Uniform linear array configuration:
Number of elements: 64
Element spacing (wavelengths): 0.5
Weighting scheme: hann
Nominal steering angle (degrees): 30
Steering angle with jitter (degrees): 28.12
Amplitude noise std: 0.05
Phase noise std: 0.05

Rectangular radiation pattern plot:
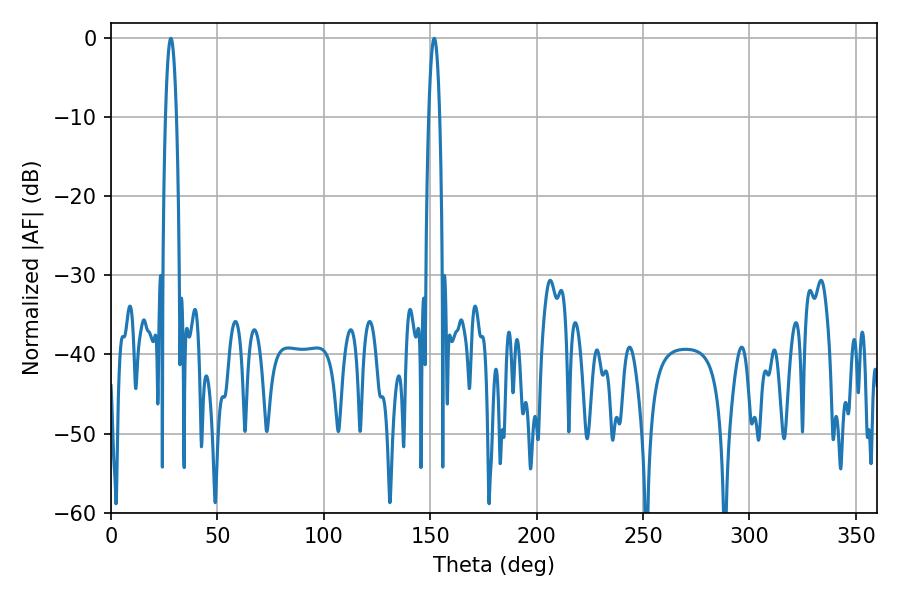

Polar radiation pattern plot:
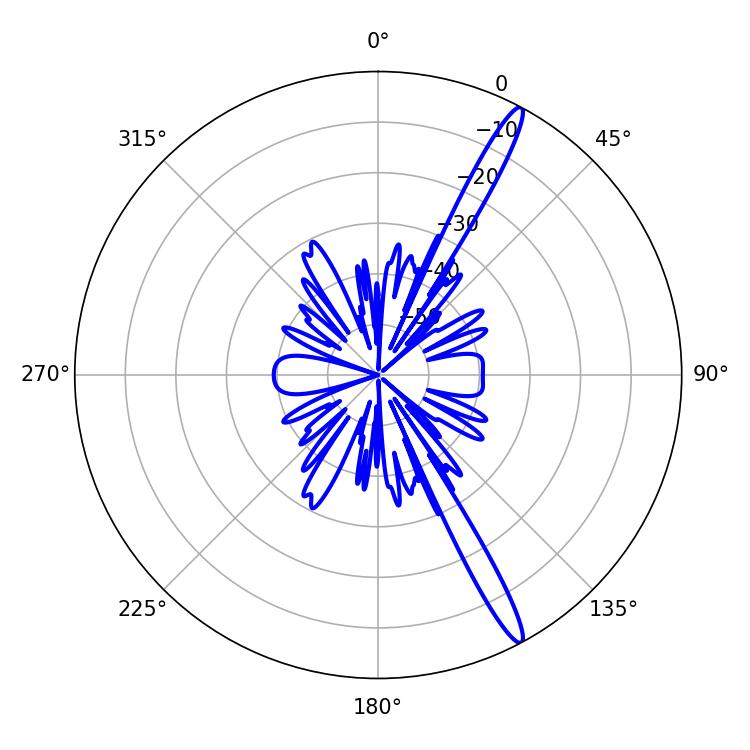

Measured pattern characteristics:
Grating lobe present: FALSE
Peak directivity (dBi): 15.935
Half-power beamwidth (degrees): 2.7
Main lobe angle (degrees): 28.08